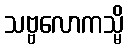
သဗ္ဗလောကသ္မိ